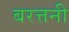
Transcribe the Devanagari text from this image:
बरत्तनी